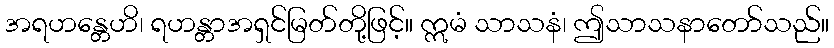
အရဟန္တေဟိ၊ ရဟန္တာအရှင်မြတ်တို့ဖြင့်။ ဣမံ သာသနံ၊ ဤသာသနာတော်သည်။